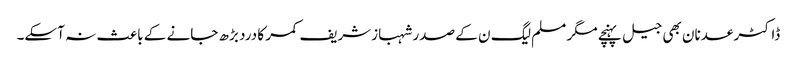
ڈاکٹر عدنان بھی جیل پہنچے مگر مسلم لیگ ن کے صدر شہبازشریف کمر کا درد بڑھ جانے کے باعث نہ آسکے۔